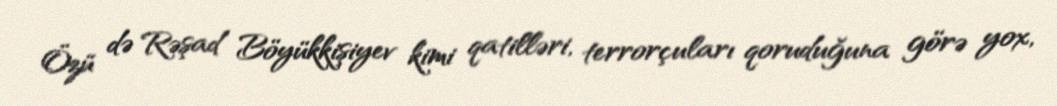
Özü də Rəşad Böyükkişiyev kimi qatilləri, terrorçuları qoruduğuna görə yox,